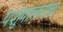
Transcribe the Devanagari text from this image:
पशुपालनाचा